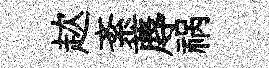
趑紊蓐祸